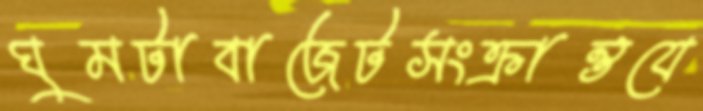
ঘুমটাবাজেটসংক্রান্তযে